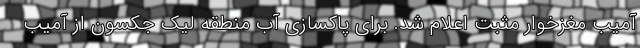
آمیب مغزخوار مثبت اعلام شد. برای پاکسازی آب منطقه لیک جکسون از آمیب